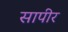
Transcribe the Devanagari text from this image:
सापीर